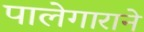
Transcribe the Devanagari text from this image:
पालेगाराने